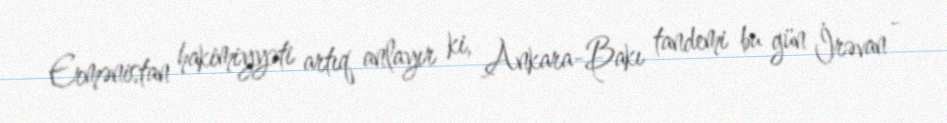
Ermənistan hakimiyyəti artıq anlayır ki, Ankara-Bakı tandemi bu gün İrəvan -